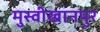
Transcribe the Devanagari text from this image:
मुस्वीखानपुर